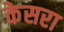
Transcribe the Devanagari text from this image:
केसरा